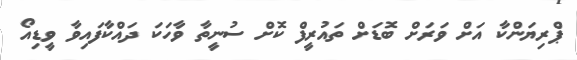
ޕްރިޔަންކާ އަށް ވަރަށް ބޮޑަށް ތައުރީފް ކޮށް ސުނީތާ ވާހަކަ ދައްކާފައިވާ ވީޑިއޯ